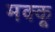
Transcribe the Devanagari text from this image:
मक्‍कू